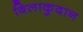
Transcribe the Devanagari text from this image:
बिलाकुदान